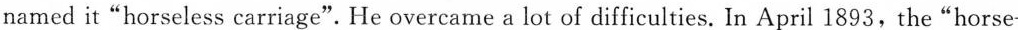
named it"horseless carriage".He overcame a lot of difficulties. In April 1893,the"horse-